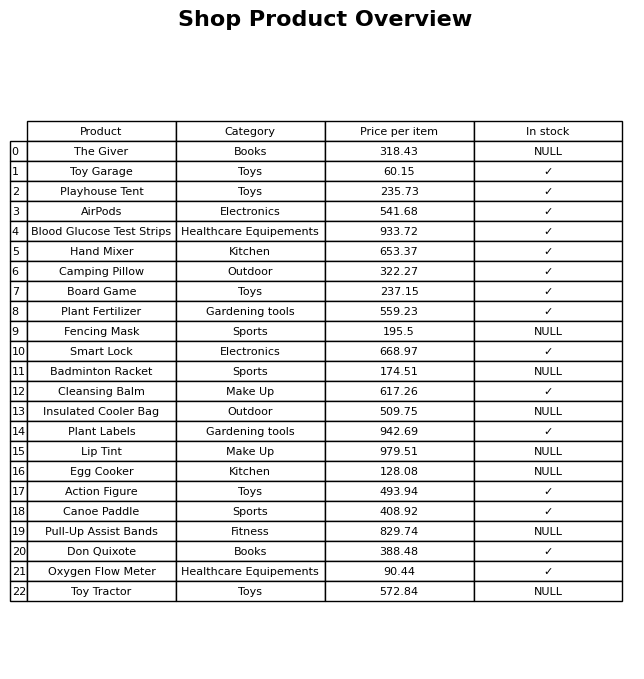
question: What is the price for Hand Mixer?
answer: The price of Hand Mixer is 653.37.